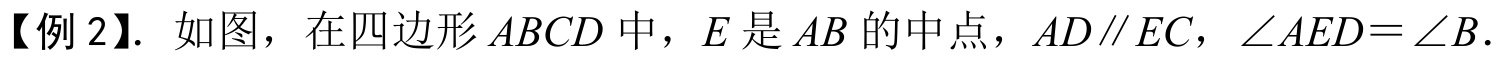
【例2】. 如图，在四边形\(ABCD\)中，\(E\)是\(AB\)的中点，\(AD\parallel EC\)，\(\angle AED=\angle B\).